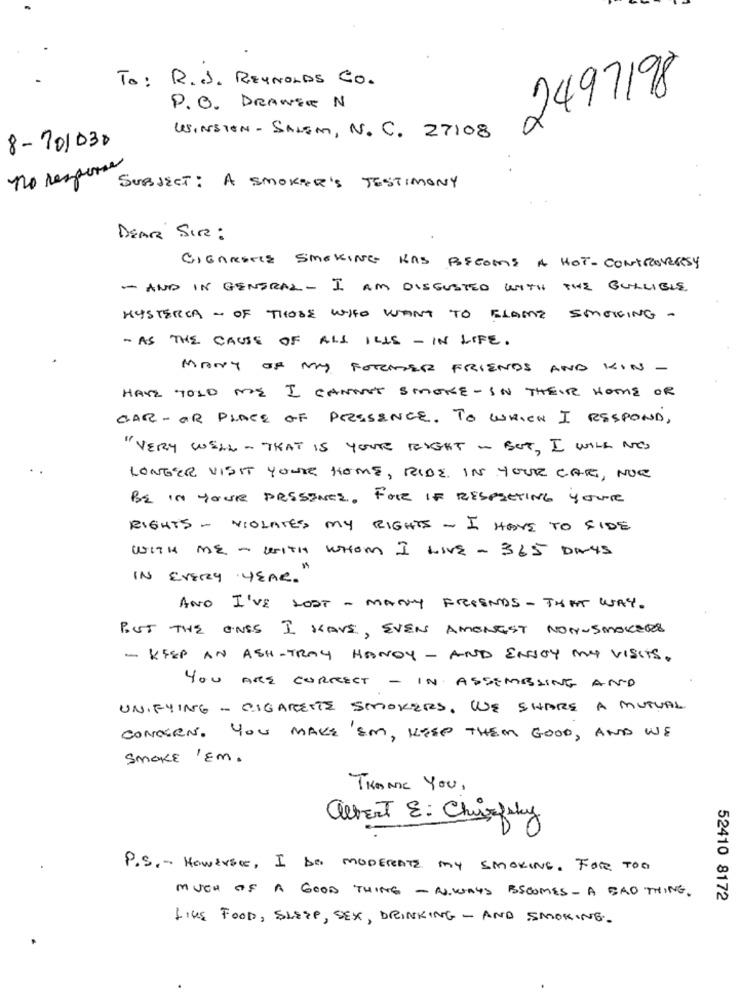
To: R .. J. REYNOLDS CO.
1497198
P.O. DRAWER N
WINSTON - SALEM, N. C. 27108
8- 201030
no response
SUBJECT: A SMOKER'S TESTIMONY
DEAR SIR :
CIGARETTE SMOKING KAS BECOME A HOT - CONTROVERSY
- AND IN GENERAL - I AM DISGUSTED WITH THE GULLIBLE.
HYSTERCA - OF THOSE WHO WANT TO BLAME SMOKING -
- AS THE CAUSE OF ALL ILLS - IN LIFE.
MANY OF MY FORMER FRIENDS AND KIN -
HAVE TOLD ME I CANNOT SMOKE- IN THEIR HOME OR
CAR-OR PLACE OF PRESENCE. TO WHICH I RESPOND,
"VERY WELL - THAT IS YOUR RIGHT - BUT, I WILL NO
LONGER VISIT YOUR HOME, RIDE. IN YOUR CAR , NOR
BE IN YOUR PRESENCE , FORE IF RESPECTING YOUR
RIGHTS - VIOLATES MY RIGHTS - I HAVE TO FIDE
WITH ME - WITH WHOM I LIVE - 365 DAYS
IN EVERY YEAR.
AND I'VE LOST - MANY FRIENDS - THAT WAY.
BUT THE ONES I HAVE, EVEN AMONGST NON-SMOKERS
- KEEP AN ASH-TRAY HANDY - AND ENJOY MY VISITS.
YOU ARE CORRECT - IN ASSEMBLING AND
UNIFYING - CIGARETTE SMOKERS, WE SHARE A MUTUAL
CONCERN. YOU MAKE EM, KEEP THEM GOOD, AND WE
SMOKE 'Em.
THANK YOU,
albert E: Chiskluky
P.S. - Howersce, I DO MODERATE MY SMOKING. FOR TOO
MUCH OF A GOOD THING - N. WAYS BECOMES- A BAD THING.
52410 8172
LIKE FOOD, SLEEP, SEX, DRINKING - AND SMOKING.